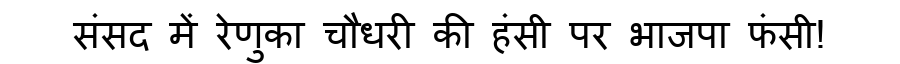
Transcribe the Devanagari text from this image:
संसद में रेणुका चौधरी की हंसी पर भाजपा फंसी!